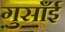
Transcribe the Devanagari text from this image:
गुसाँई